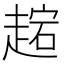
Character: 趤